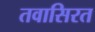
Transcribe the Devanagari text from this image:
तवासिरत